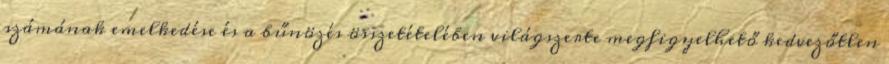
számának emelkedése és a bűnözés összetételében világszerte megfigyelhető kedvezőtlen